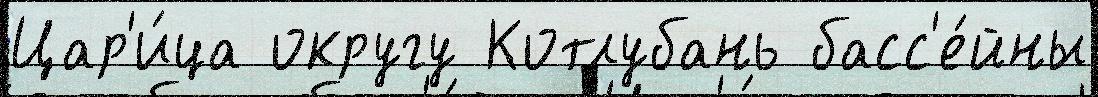
Цар'и́ца округу Котлубань басс'е́йны